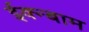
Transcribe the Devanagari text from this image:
ईक्न्बाम